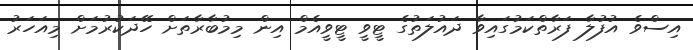
އިސްވެ އުފުލާ ފަރާތްކަމުގައިވާ ދައުލަތުގެ ޓީވީ ޓީވީއެމް އިން މިމުބާރާތަށް ހޭދަކުރުމަށް މިއަހަރު